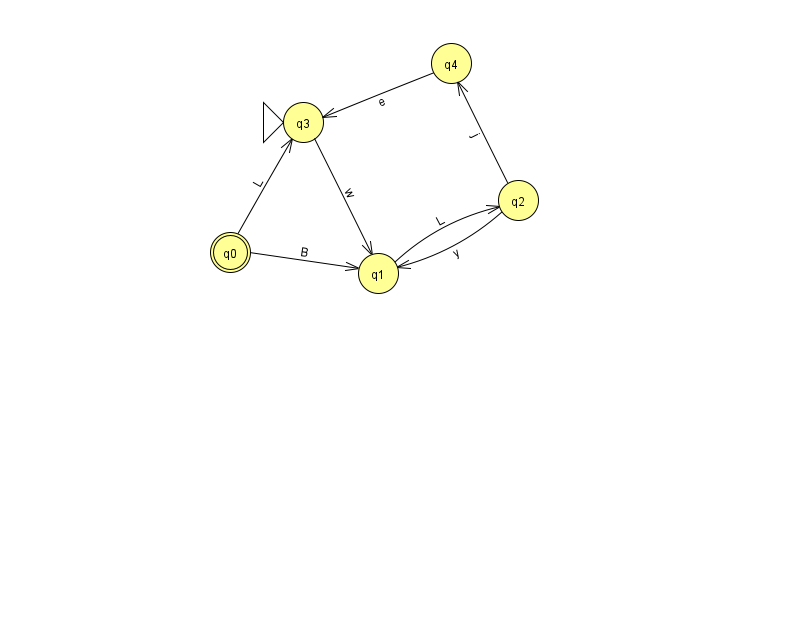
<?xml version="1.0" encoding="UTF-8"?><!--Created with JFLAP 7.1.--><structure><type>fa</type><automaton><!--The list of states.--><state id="0" name="q0"><x>230.0</x><y>239.0</y><final/></state><state id="1" name="q1"><x>378.0</x><y>260.0</y></state><state id="2" name="q2"><x>518.0</x><y>187.0</y></state><state id="3" name="q3"><x>303.0</x><y>109.0</y><initial/></state><state id="4" name="q4"><x>451.0</x><y>50.0</y></state><!--The list of transitions.--><transition><from>2</from><to>4</to><read>j</read></transition><transition><from>2</from><to>1</to><read>y</read></transition><transition><from>1</from><to>2</to><read>L</read></transition><transition><from>0</from><to>1</to><read>B</read></transition><transition><from>3</from><to>1</to><read>w</read></transition><transition><from>4</from><to>3</to><read>e</read></transition><transition><from>0</from><to>3</to><read>L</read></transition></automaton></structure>